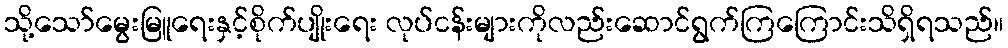
သို့သော်မွေးမြူရေးနှင့်စိုက်ပျိုးရေး လုပ်ငန်းများကိုလည်းဆောင်ရွက်ကြကြောင်းသိရှိရသည်။